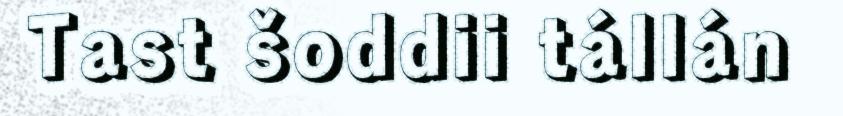
Tast šoddii tállán